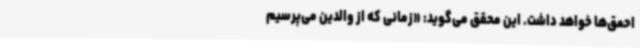
احمق‌ها خواهد داشت. این محقق می‌گوید: «زمانی که از والدین می‌پرسیم